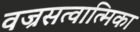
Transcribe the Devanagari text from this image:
वज्रसत्वात्मिका